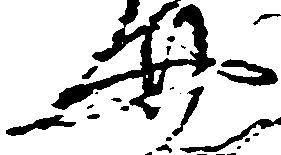
廿